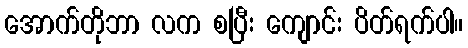
အောက်တိုဘာ လက စပြီး ကျောင်း ပိတ်ရက်ပါ။